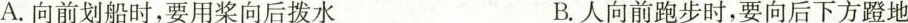
A.向前划船时，要用桨向后拨水 B.人向前跑步时，要向后下方蹬地